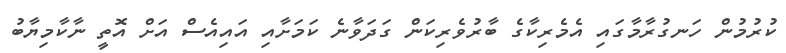
ކުރުމުން ހަނގުރާމާގައި އެމެރިކާގެ ބާރުވެރިކަން ގަދަވާނެ ކަމަށާއި އައިއެސް އަށް އޮތީ ނާކާމިޔާބު